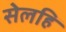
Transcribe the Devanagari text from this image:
सेलहि